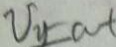
V _ { y } = a t